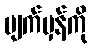
မျက်မှန်ကို